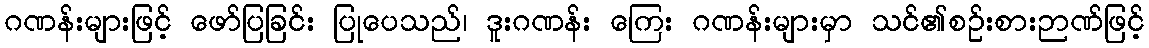
ဂဏန်းများဖြင့် ဖော်ပြခြင်း ပြုပေသည်၊ ဒူးဂဏန်း ကြေး ဂဏန်းများမှာ သင်၏စဉ်းစားဉာဏ်ဖြင့်